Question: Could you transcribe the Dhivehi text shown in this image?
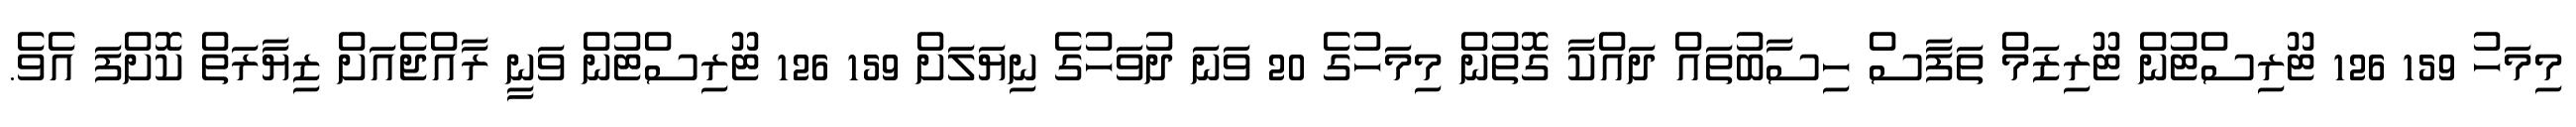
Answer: މިމަހު 159 126 ޓޫރިސްޓުން ޓޫރިޒަމް ތަފާސް ހިސާބުތައް ދައްކާ ގޮތުން މިމަހުގެ 20 ވަނަ ދުވަހުގެ ނިޔަލަށް 159 126 ޓޫރިސްޓުން ވަނީ ރާއްޖެއަށް ޒިޔާރަތް ކޮށްފަ އެވެ.